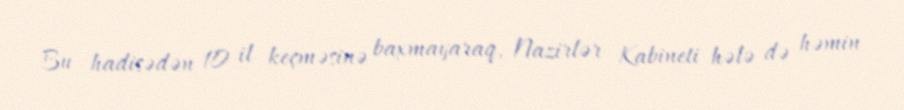
Bu hadisədən 10 il keçməsinə baxmayaraq, Nazirlər Kabineti hələ də həmin